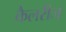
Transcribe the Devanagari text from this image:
कैलरीज